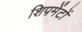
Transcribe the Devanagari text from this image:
शिपमेंटों